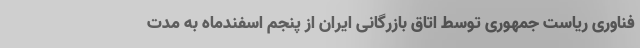
فناوری ریاست جمهوری توسط اتاق بازرگانی ایران از پنجم اسفندماه به مدت